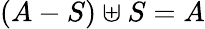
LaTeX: (A-S)\uplus S=A